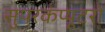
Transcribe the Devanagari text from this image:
सुपरकंप्यूटरों